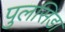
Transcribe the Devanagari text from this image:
पुलसिडा